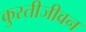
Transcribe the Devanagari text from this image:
कुस्तीजीवन